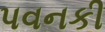
પવનકી